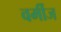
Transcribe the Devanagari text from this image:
वर्मीज